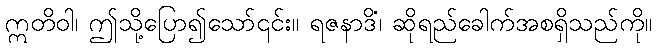
ဣတိဝါ၊ ဤသို့ပြော၍သော်၎င်း။ ရဇနာဒိံ၊ ဆိုရည်ခေါက်အစရှိသည်ကို။